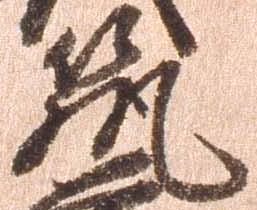
筑